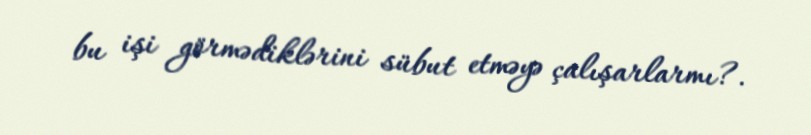
bu işi görmədiklərini sübut etməyə çalışarlarmı?.